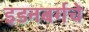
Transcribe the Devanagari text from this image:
इडनबर्गचे